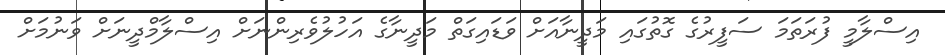
އިސްލާމީ ފުރަތަމަ ސަފީރުގެ ގޮތުގައި މަދީނާއަށް ވަޑައިގަތް މަދީނާގެ އަހުލުވެރިންނަށް އިސްލާމްދީނަށް ވަނުމަށް